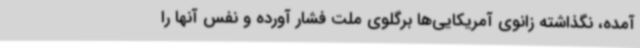
آمده، نگذاشته زانوی آمریکایی‌ها برگلوی ملت فشار آورده و نفس آنها را